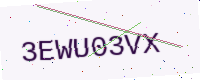
Text: 3EWU03VX